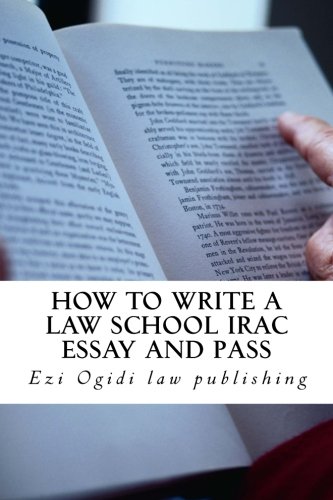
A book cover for HOW TO WRITE A LAW SCHOOL IRAC ESSAY and Pass: Authored By A Bar Exam Expert Whose Bar Exam Essays Were Published! Look Inside!!!; Ezi Ogidi law publishing; Test Preparation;